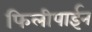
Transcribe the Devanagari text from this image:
फिलीपाईन